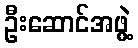
ဦးဆောင်အဖွဲ့